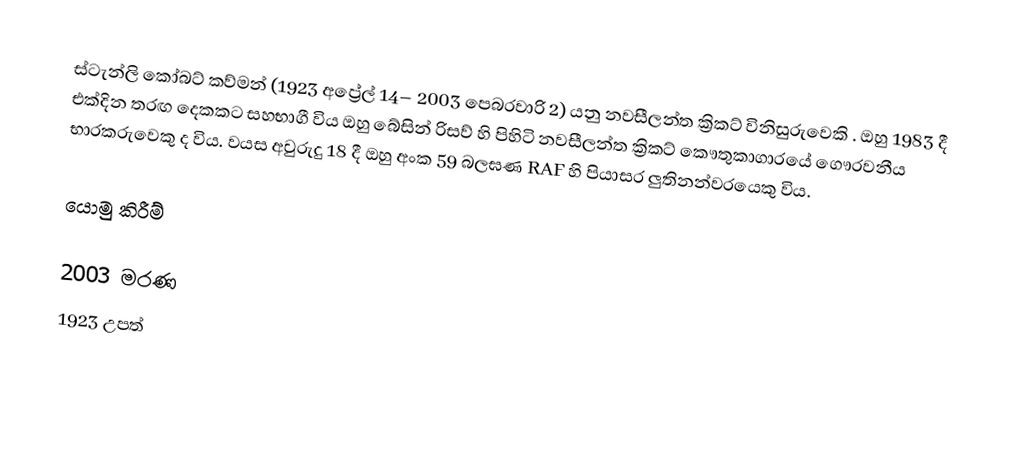
ස්ටැන්ලි කෝබට් කව්මන් (1923 අප්‍රේල් 14– 2003 පෙබරවාරි 2) යනු නවසීලන්ත ක්‍රිකට් විනිසුරුවෙකි . ඔහු 1983 දී එක්දින තරඟ දෙකකට සහභාගී විය  ඔහු බේසින් රිසව් හි පිහිටි නවසීලන්ත ක්‍රිකට් කෞතුකාගාරයේ ගෞරවනීය භාරකරුවෙකු ද විය. වයස අවුරුදු 18 දී ඔහු අංක 59 බලඝණ RAF හි පියාසර ලුතිනන්වරයෙකු විය.

යොමු කිරීම්

2003 මරණ
1923 උපත්